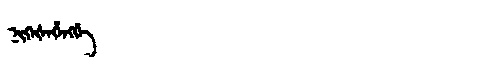
Manchu: ᠨᡳᡴᡝᡧᡝᡥᡝᠩᡤᡝ
Romanization: NIKEŠEHENGGE